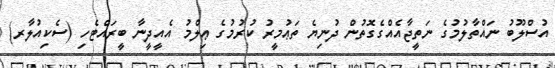
އުސްލޫބު ނައްތާލުމުގެ ނަތީޖާއެއްގެގޮތުން ދުނިޔެ ތަޢުމީރު ކުރުމުގެ ޢިލްމު އެއީދީނާ ބީރައްޓެހި (ސެކިއުލާރ)